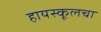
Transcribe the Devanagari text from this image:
हायस्कूलचा